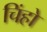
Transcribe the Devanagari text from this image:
चिंहो